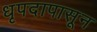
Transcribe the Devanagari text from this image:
धृपदापासून